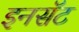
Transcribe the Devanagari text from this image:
इनसॅट